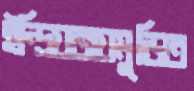
ইন্দ্রিয়জয়মুড়িত